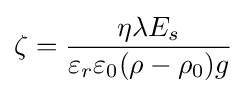
\zeta ={\frac {\eta \lambda E_{s}}{\varepsilon _{r}\varepsilon _{0}(\rho -\rho _{0})g}}